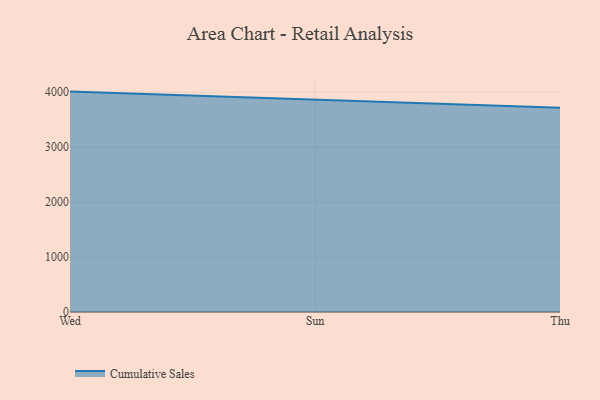
{"axis": {"x": "Day", "y": "Market Share (%)"}, "legend": ["Cumulative Sales"], "data": [{"x": "Wed", "y": 4012.3, "type": "Cumulative Sales"}, {"x": "Sun", "y": 3859.5, "type": "Cumulative Sales"}, {"x": "Thu", "y": 3716.3, "type": "Cumulative Sales"}]}